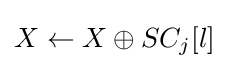
X\leftarrow X\oplus SC_{j}[l]